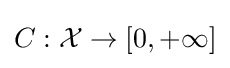
C:{\mathcal {X}}\to [0,+\infty ]